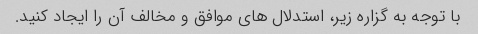
با توجه به گزاره زیر، استدلال های موافق و مخالف آن را ایجاد کنید.